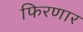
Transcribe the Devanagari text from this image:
फिरणार